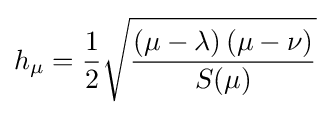
h_{\mu }={\frac {1}{2}}{\sqrt {\frac {\left(\mu -\lambda \right)\left(\mu -\nu \right)}{S(\mu )}}}